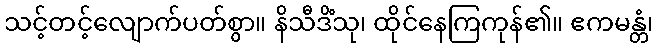
သင့်တင့်လျောက်ပတ်စွာ။ နိသီဒိံသု၊ ထိုင်နေကြကုန်၏။ ဧကမန္တံ၊